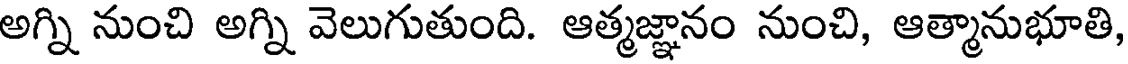
అగ్ని నుంచి అగ్ని వెలుగుతుంది. ఆత్మజ్ఞానం నుంచి, ఆత్మానుభూతి,